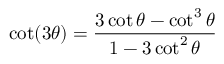
\cot ( 3 \theta ) = { \frac { 3 \cot \theta - \cot ^ { 3 } \theta } { 1 - 3 \cot ^ { 2 } \theta } }